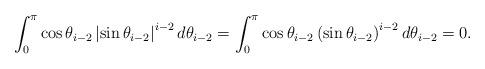
LaTeX: \begin{align*} \int_{0}^{\pi}\cos\theta_{i-2}\left|\sin\theta_{i-2}\right|^{i-2}d\theta_{i-2} = \int_{0}^{\pi}\cos\theta_{i-2}\left(\sin\theta_{i-2}\right)^{i-2}d\theta_{i-2}=0. \end{align*}